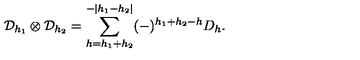
\mathcal { D } _ { h _ { 1 } } \otimes \mathcal { D } _ { h _ { 2 } } = \sum _ { h = h _ { 1 } + h _ { 2 } } ^ { - | h _ { 1 } - h _ { 2 } | } ( - ) ^ { h _ { 1 } + h _ { 2 } - h } D _ { h } .